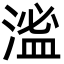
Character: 㴵